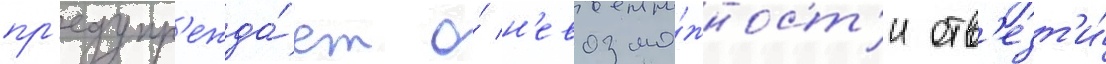
пр'едупр'ежда́ет о́ н'евозмо́жност'и отв'езт'и́